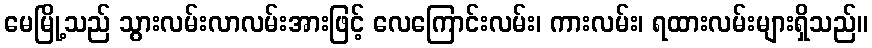
မေမြို့သည် သွားလမ်းလာလမ်းအားဖြင့် လေကြောင်းလမ်း၊ ကားလမ်း၊ ရထားလမ်းများရှိသည်။